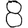
Digit: 8